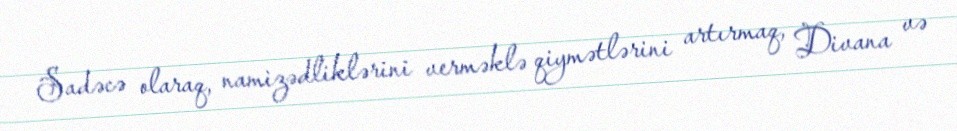
Sadəcə olaraq, namizədliklərini verməklə qiymətlərini artırmaq, Divana və